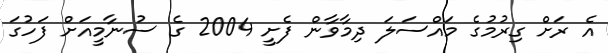
އެ ރަށް ގިރުމުގެ މައްސަލަ ދިމާވާން ފެށީ 2004 ގެ ސުނާމީއަށް ފަހުގަ